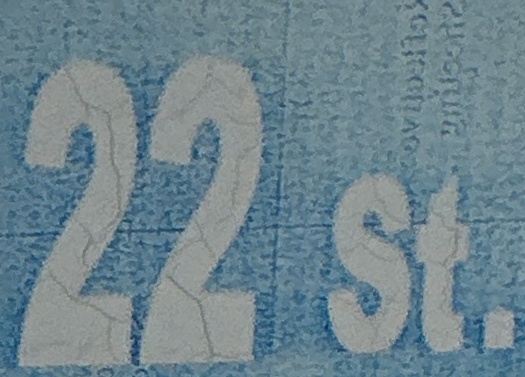
22 st.